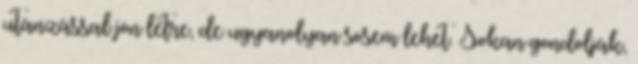
utánzással jön létre, de ugyanolyan sosem lehet. Sokan gondolják,